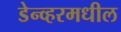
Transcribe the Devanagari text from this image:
डेन्व्हरमधील